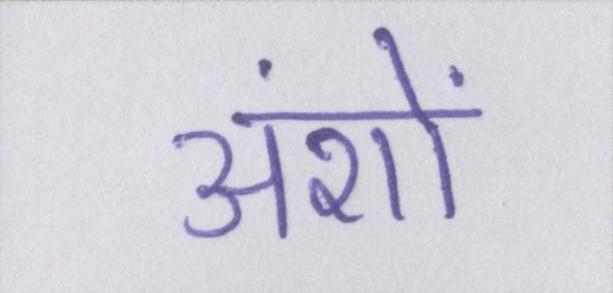
अंशों